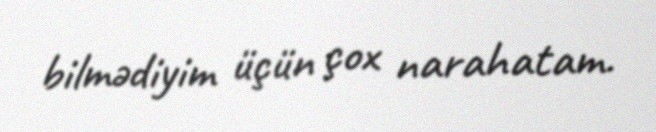
bilmədiyim üçün çox narahatam.